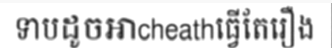
ទាបដូចអាcheathធ្វើតែរឿង